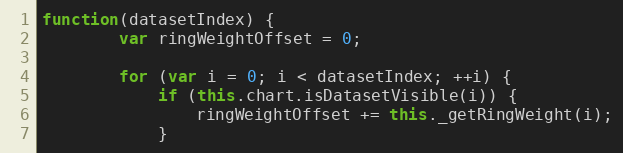
Language: JavaScript
function(datasetIndex) {
		var ringWeightOffset = 0;

		for (var i = 0; i < datasetIndex; ++i) {
			if (this.chart.isDatasetVisible(i)) {
				ringWeightOffset += this._getRingWeight(i);
			}